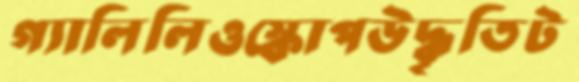
গ্যালিলিওস্কোপউদ্ধৃতিট